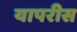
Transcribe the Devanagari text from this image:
यापरीस